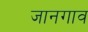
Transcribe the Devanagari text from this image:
जानगाव